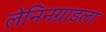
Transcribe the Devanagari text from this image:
लेनिनग्राडला